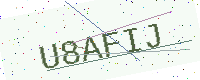
Text: U8AFIJ